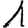
Digit: 1